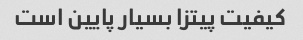
کیفیت پیتزا بسیار پایین است